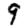
Digit: 9